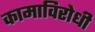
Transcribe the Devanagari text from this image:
कामाविरोधी